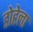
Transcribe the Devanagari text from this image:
डोहेला